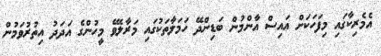
އެމެރިކާގައި މިފަހަކަށް އައިސް އާންމުން ބަޑިންދޭ ހަމަލާތަކުގައި މަރާލެވޭ މީހުންގެ އަދަދު އިތުރުވަމުން